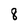
Character: 8